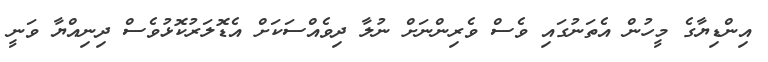
އިންޑިޔާގެ މީހުން އެތަނުގައި ވެސް ވެރިންނަށް ނުލާ ދިވެއްސަކަށް އެޑޮލަރުކޮޅުވެސް ދިނިއްޔާ ވަނީ